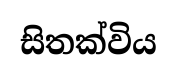
සිතක්විය